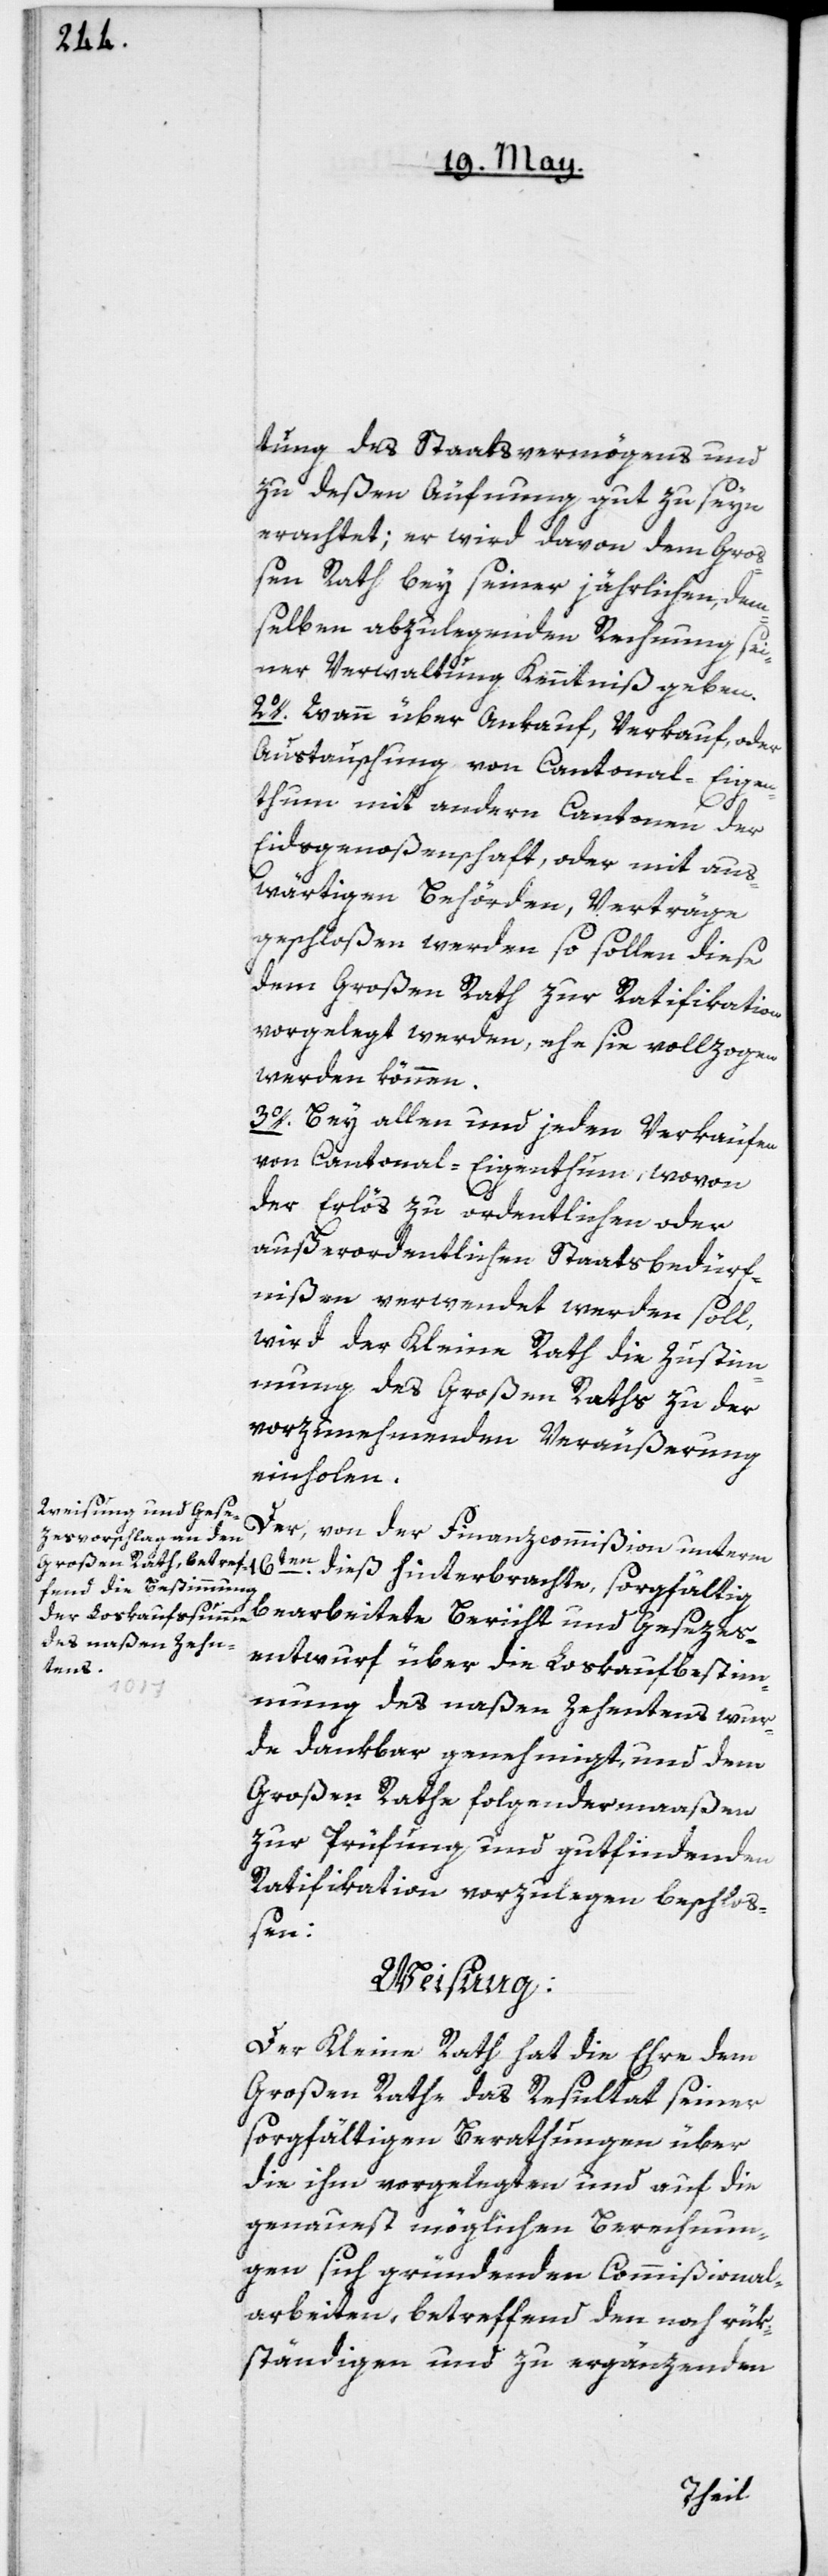
tung des Staatsvermögens und
zu deßen Äufnung gut zu seyn
erachtet; er wird davon dem Gro¬
ßen Rath bey seiner jährlichen, dem¬
selben abzulegenden Rechnung sei¬
ner Verwaltung Kenntniß geben.
2o. Wann über Ankauf, Verkauf oder
Austauschung von Cantonal-Eigen¬
thum mit andern Cantonen der
Eidsgenoßenschaft, oder mit aus¬
wärtigen Behörden, Verträge
geschloßen werden so sollen diese
dem Großen Rath zur Ratifikation
vorgelegt werden, ehe sie vollzogen
werden können.
3o. Bey allen und jeden Verkäufen
von Cantonal-Eigenthum, wovon
der Erlös zu ordentlichen oder
außerordentlichen Staatsbedürf¬
nißen verwendet werden soll,
wird der Kleine Rath die Zustim¬
mung des Großen Raths zu der
vorzunehmenden Veräußerung
einholen.
Der, von der Finanzcommißion unterm
16ten dieß hinterbrachte, sorgfältig
bearbeitete Bericht und Gesezes¬
entwurf über die Loskaufbestim¬
mung des naßen Zehentens, wur¬
de dankbar genehmigt, und dem
Großen Rathe folgendermaßen
zur Prüfung und gutfindenden
Ratifikation vorzulegen beschlo¬
ßen:
Weisung:
Der Kleine Rath hat die Ehre dem
Großen Rathe das Resultat seiner
sorgfältigen Berathungen über
die ihm vorgelegten und auf die
genauest möglichen Berechnun¬
gen sich gründenden Commißional¬
arbeiten, betreffend den noch rük¬
ständigen und zu ergänzenden